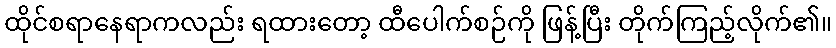
ထိုင်စရာနေရာကလည်း ရထားတော့ ထီပေါက်စဉ်ကို ဖြန့်ပြီး တိုက်ကြည့်လိုက်၏။